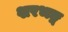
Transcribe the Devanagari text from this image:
शरभङ्ग